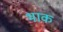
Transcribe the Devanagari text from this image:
भाक